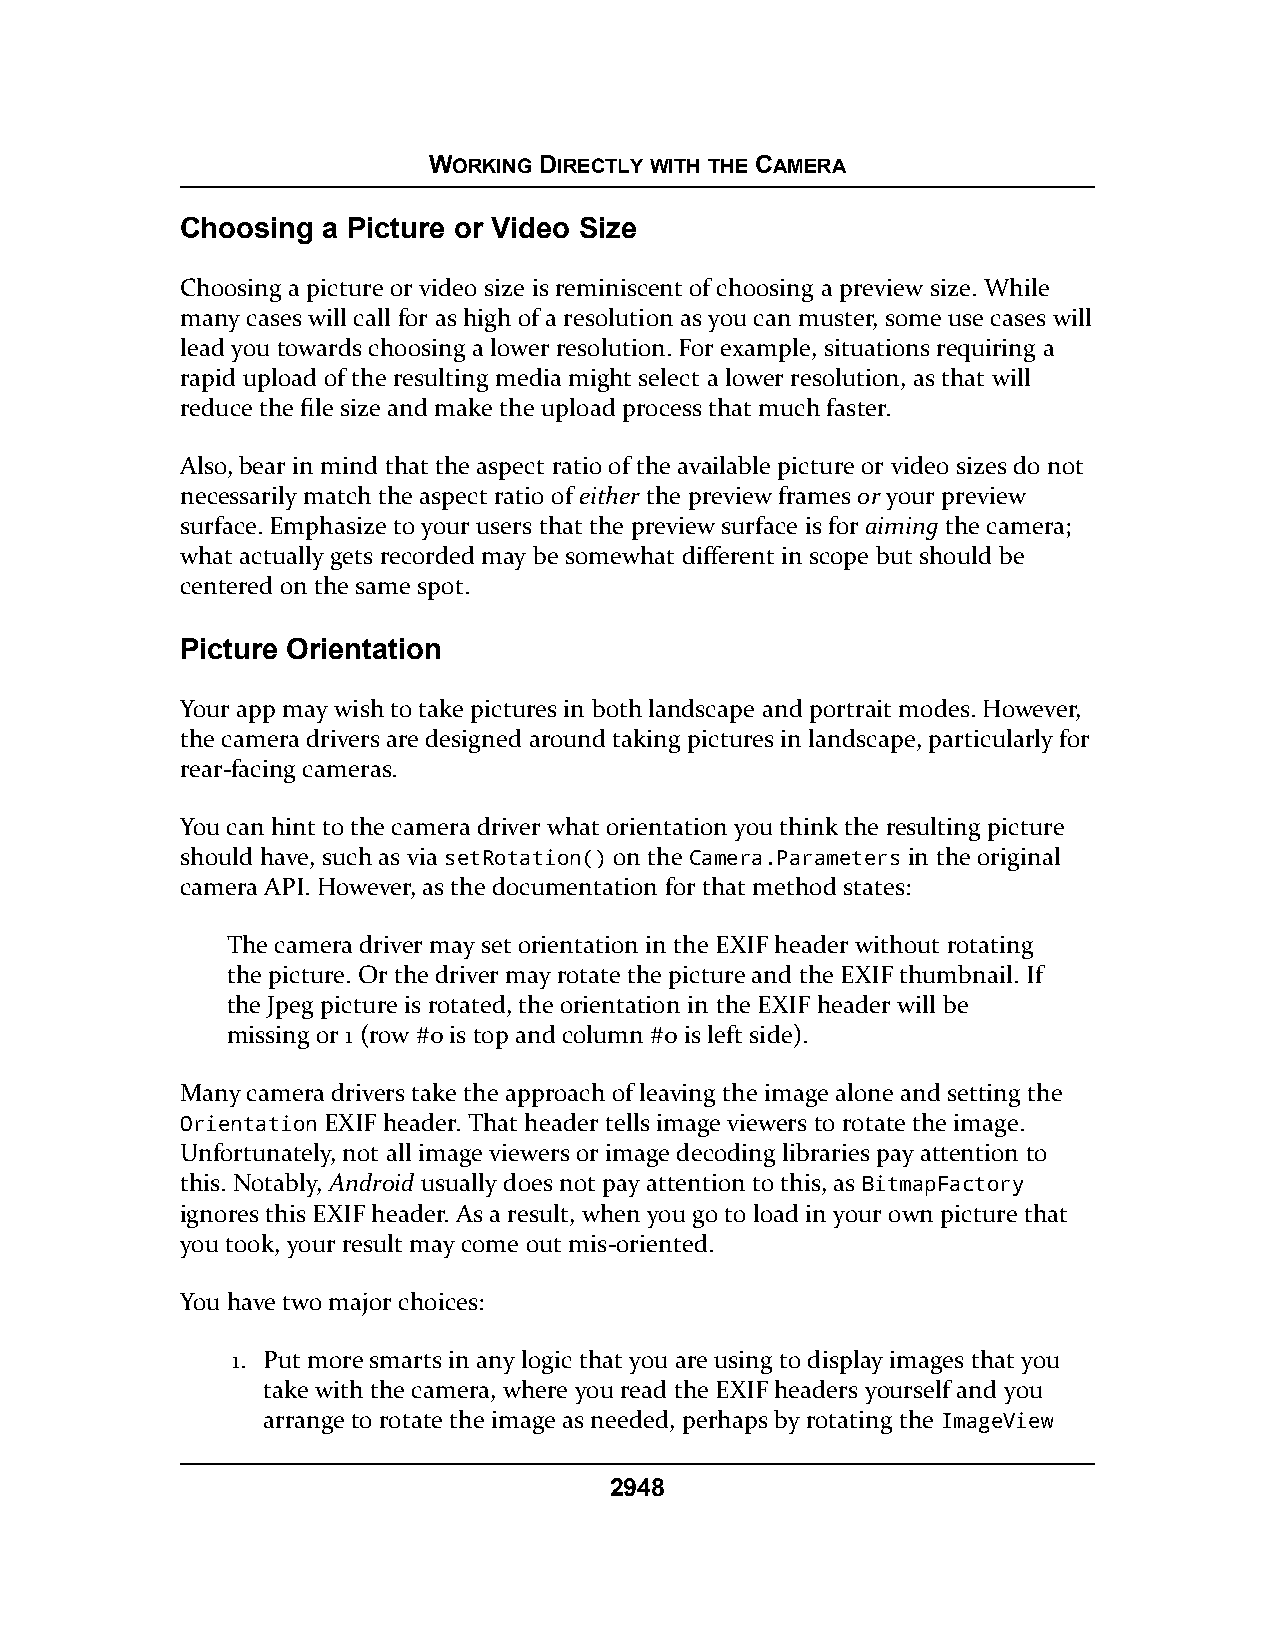
WORKING DIRECTLY WITH THE CAMERA
 Choosing a Picture or Video Size
 Choosing a picture or video size is reminiscent of choosing a preview size. While
 many cases will call for as high of a resolution as you can muster, some use cases will
 lead you towards choosing a lower resolution. For example, situations requiring a
 rapid upload of the resulting media might select a lower resolution, as that will
 reduce the file size and make the upload process that much faster.
 Also, bear in mind that the aspect ratio of the available picture or video sizes do not
 necessarily match the aspect ratio of either the preview frames or your preview
 surface. Emphasize to your users that the preview surface is for aiming the camera;
 what actually gets recorded may be somewhat different in scope but should be
 centered on the same spot.
 Picture Orientation
 Your app may wish to take pictures in both landscape and portrait modes. However,
 the camera drivers are designed around taking pictures in landscape, particularly for
 rear-facing cameras.
 You can hint to the camera driver what orientation you think the resulting picture
 should have, such as via setRotation() on the Camera.Parameters in the original
 camera API. However, as the documentation for that method states:
 The camera driver may set orientation in the EXIF header without rotating
 the picture. Or the driver may rotate the picture and the EXIF thumbnail. If
 the Jpeg picture is rotated, the orientation in the EXIF header will be
 missing or 1 (row #0 is top and column #0 is left side).
 Many camera drivers take the approach of leaving the image alone and setting the
 Orientation EXIF header. That header tells image viewers to rotate the image.
 Unfortunately, not all image viewers or image decoding libraries pay attention to
 this. Notably, Android usually does not pay attention to this, as BitmapFactory
 ignores this EXIF header. As a result, when you go to load in your own picture that
 you took, your result may come out mis-oriented.
 You have two major choices:
 1. Put more smarts in any logic that you are using to display images that you
 take with the camera, where you read the EXIF headers yourself and you
 arrange to rotate the image as needed, perhaps by rotating the ImageView
 2948